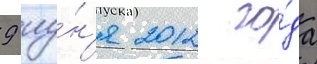
9 иу́н'я 2012 го́да